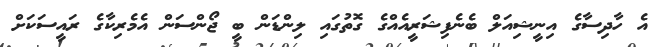
އެ ހާދިސާގެ އިނީޝިއަލް ބެނެފިޝަރީއެއްގެ ގޮތުގައި ލިންޑަން ބީ ޖޯންސަން އެމެރިކާގެ ރައީސަކަށް